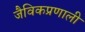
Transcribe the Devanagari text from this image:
जैविकप्रणाली